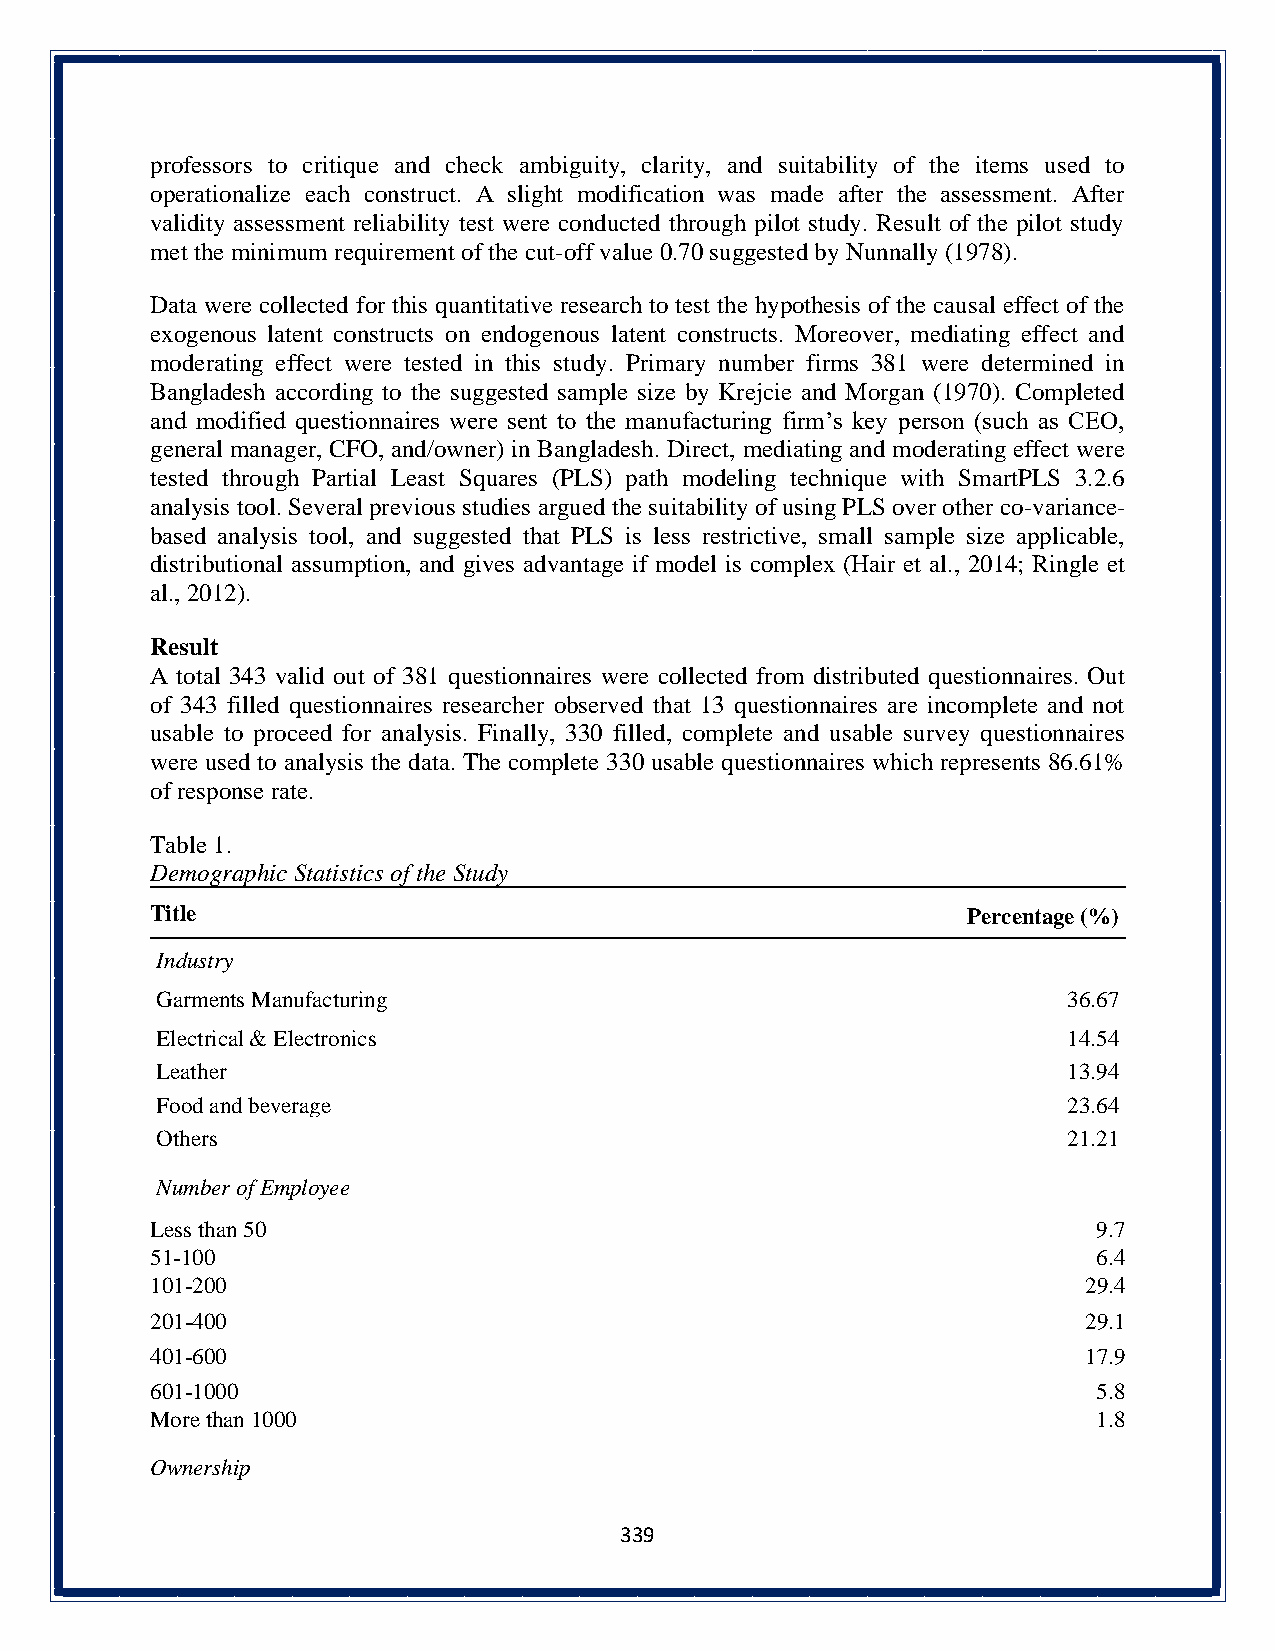
professors to critique and check ambiguity, clarity, and suitability of the items used to
 operationalize each construct. A slight modification was made after the assessment. After
 validity assessment reliability test were conducted through pilot study. Result of the pilot study
 met the minimum requirement of the cut-off value 0.70 suggested by Nunnally (1978).
 Data were collected for this quantitative research to test the hypothesis of the causal effect of the
 exogenous latent constructs on endogenous latent constructs. Moreover, mediating effect and
 moderating effect were tested in this study. Primary number firms 381 were determined in
 Bangladesh according to the suggested sample size by Krejcie and Morgan (1970). Completed
 and modified questionnaires were sent to the manufacturing firm’s key person (such as CEO,
 general manager, CFO, and/owner) in Bangladesh. Direct, mediating and moderating effect were
 tested through Partial Least Squares (PLS) path modeling technique with SmartPLS 3.2.6
 analysis tool. Several previous studies argued the suitability of using PLS over other co-variance-
 based analysis tool, and suggested that PLS is less restrictive, small sample size applicable,
 distributional assumption, and gives advantage if model is complex (Hair et al., 2014; Ringle et
 al., 2012).
 Result
 A total 343 valid out of 381 questionnaires were collected from distributed questionnaires. Out
 of 343 filled questionnaires researcher observed that 13 questionnaires are incomplete and not
 usable to proceed for analysis. Finally, 330 filled, complete and usable survey questionnaires
 were used to analysis the data. The complete 330 usable questionnaires which represents 86.61%
 of response rate.
 Table 1.
 Demographic Statistics of the Study
 Title                                                 Percentage (%)
 Industry
 Garments Manufacturing                                       36.67
 Electrical & Electronics                                     14.54
 Leather                                                      13.94
 Food and beverage                                            23.64
 Others                                                       21.21
 Number of Employee
 Less than 50                                                   9.7
 51-100                                                         6.4
 101-200                                                       29.4
 201-400                                                       29.1
 401-600                                                       17.9
 601-1000                                                       5.8
 More than 1000                                                 1.8
 Ownership
 339